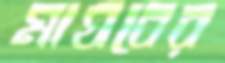
মাঘবের